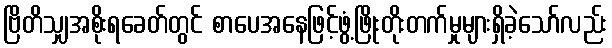
ဗြိတိသျှအစိုးရခေတ်တွင် စာပေအနေဖြင့်ဖွံ့ဖြိုးတိုးတက်မှုများရှိခဲ့သော်လည်း